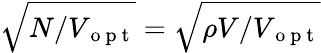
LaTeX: \sqrt{N/V_{\mathrm{~o~p~t~}}}=\sqrt{\rho V/V_{\mathrm{~o~p~t~}}}